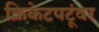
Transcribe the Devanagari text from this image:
क्रिकेटपटूंवर